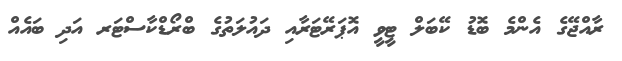
ރާއްޖޭގެ އެންމެ ބޮޑު ކޭބަލް ޓީވީ އޮޕަރޭޓަރާއި ދައުލަތުގެ ބްރޯޑްކާސްޓަރ އަދި ބައެއް